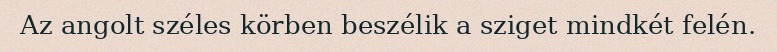
Az angolt széles körben beszélik a sziget mindkét felén.